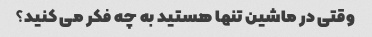
وقتی در ماشین تنها هستید به چه فکر می کنید؟